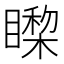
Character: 𰦃